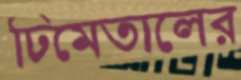
ঢিমেতালের